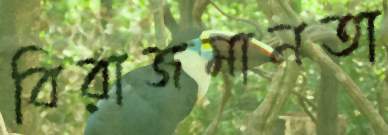
বিরাজমানতা